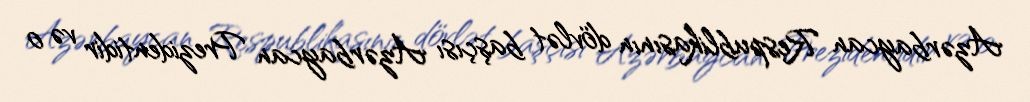
Azərbaycan Respublikasının dövlət başçısı Azərbaycan Prezidentidir və o